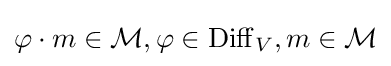
\varphi \cdot m\in {\mathcal {M}},\varphi \in \operatorname {Diff} _{V},m\in {\mathcal {M}}